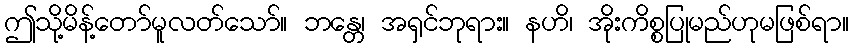
ဤသို့မိန့်တော်မူလတ်သော်။ ဘန္တေ၊ အရှင်ဘုရား။ နဟိ၊ အိုးကိစ္စပြုမည်ဟုမဖြစ်ရာ။